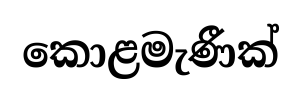
කොළමැණීක්